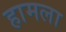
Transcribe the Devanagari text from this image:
हामला